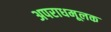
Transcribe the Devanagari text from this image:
अपराधमूलक